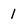
Character: 1